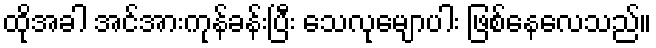
ထိုအခါ အင်အားကုန်ခန်းပြီး သေလုမျောပါး ဖြစ်နေလေသည်။